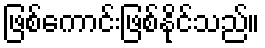
ဖြစ်ကောင်းဖြစ်နိုင်သည်။